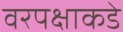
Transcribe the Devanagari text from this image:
वरपक्षाकडे